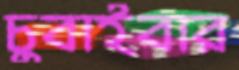
চুবাইবার